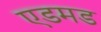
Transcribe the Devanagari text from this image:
एडमड